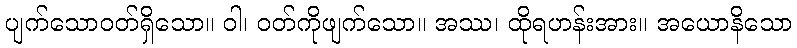
ပျက်သောဝတ်ရှိသော။ ဝါ၊ ဝတ်ကိုဖျက်သော။ အဿ၊ ထိုရဟန်းအား။ အယောနိသော